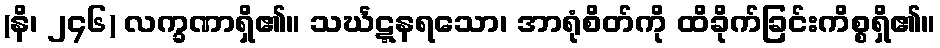
(နိ၊ ၂၄၆) လက္ခဏာရှိ၏။ သင်္ဃဋ္ဋနရသော၊ အာရုံစိတ်ကို ထိခိုက်ခြင်းကိစ္စရှိ၏။